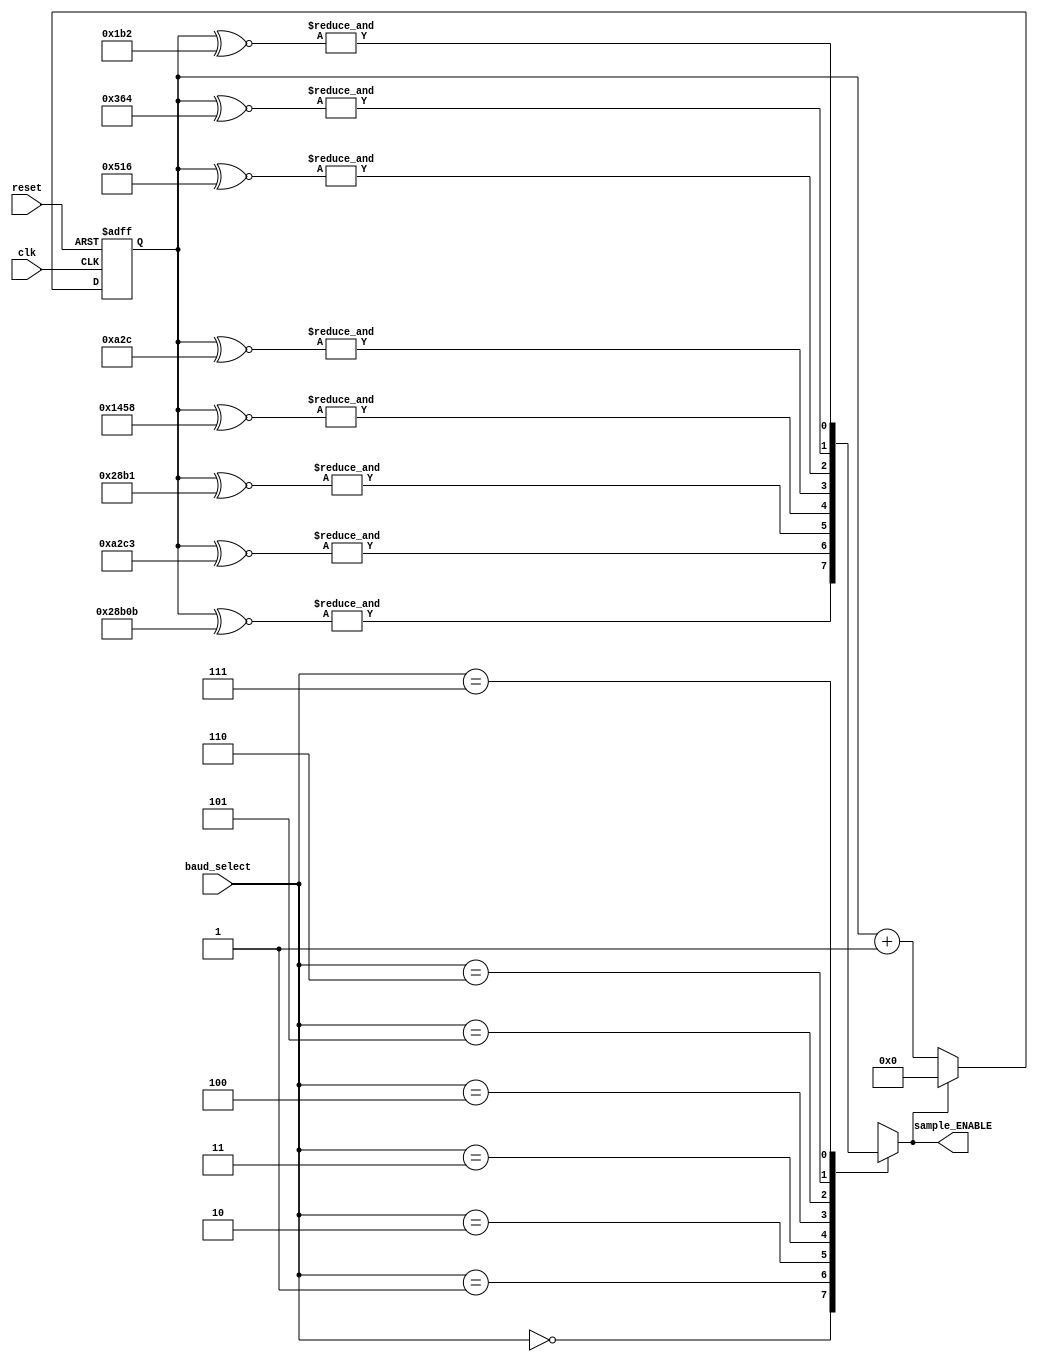
module baud_rate_sampler_transmitter(  ///have to implement different for reciever and transmitter, with different adders and clocks.
		input reset,
		input clk,
		input [2:0] baud_select,
		output reg sample_ENABLE
    );
	 

	 
		//We assume assume that a maximum possible FPGA clock used is 1ghz.(30bits)
//		parameter systemclockfrequency= 50000000;  //must be changed according to the FPGA system used.
//		parameter Clocks_Baud_Rate_8= systemclockfrequency/115200; //The floating part of the division is lost, leading to an error in the calculation of the actual rate
//		parameter Clocks_Baud_Rate_7= systemclockfrequency/57600;  //The greater the bitrate, the bigger the error leading to an out of sync function
//		parameter Clocks_Baud_Rate_6= systemclockfrequency/38400;
//		parameter Clocks_Baud_Rate_5= systemclockfrequency/19200;
//		parameter Clocks_Baud_Rate_4= systemclockfrequency/9600;
//		parameter Clocks_Baud_Rate_3= systemclockfrequency/4800;
//		parameter Clocks_Baud_Rate_2= systemclockfrequency/1200;
//		parameter Clocks_Baud_Rate_1= systemclockfrequency/300; //The number generated here is the largest and judges the bit width of the counter needed to calculate clocks
//		reg counter[21:0];


//		parameter systemclockfrequency= 50000000;  //must be changed according to the FPGA system used.
//		parameter Clocks_Baud_Rate_8= 000000000110110010;   //434.027777778 clocks until enable signal sent
//		parameter Clocks_Baud_Rate_7= 000000001101100100;   //868.055555556
//		parameter Clocks_Baud_Rate_6= 000000010100010110;   //1302.08333333
//		parameter Clocks_Baud_Rate_5= 000000101000101100;   //2604.16666667
//		parameter Clocks_Baud_Rate_4= 000001010001011000;   //5208.33333333
//		parameter Clocks_Baud_Rate_3= 000010100010110001;   //10416.6666667
//		parameter Clocks_Baud_Rate_2= 001010001011000011;   //41666.6666667
//		parameter Clocks_Baud_Rate_1= 101000101100001011; 	 //166666.666667 
		reg [17:0] counter; // TOTAL OF 18 BINARY CHARACTERS TO represent integer part of Clocks_Baud_Rate_1

		
		always @(posedge clk, posedge reset) 
			begin
				if (reset)
					counter<=0;	
				else if (sample_ENABLE)
					counter<=0;
				else 
					counter<=counter+ 1'b1;
			end
			
			//Implementation without using a register for sample_Enable.
						//reg [17:0] baud_select_table [7:0];
						//	wire sample_Enable = & (counter ^~ baud_select_table[baud_select]) ;
								
						// why cant i assign memory using always @(*)??????????.
						// because it referes to all possible left hand side changes, 
						// which i dont have any because they are constants, so which block is never accesed.
								
						// should baud_select_table be a register??????????????.
						// should be a register, compiler will  make the correct choice and put it into blockrams
								
						//		initial
						//			begin
						//				 baud_select_table[0]<= 18'b101000101100001011;
						//				 baud_select_table[1]<= 18'b001010001011000011;
						//				 baud_select_table[2]<= 18'b000010100010110001;
						//				 baud_select_table[3]<= 18'b000001010001011000;
						//				 baud_select_table[4]<= 18'b000000101000101100;
						//				 baud_select_table[5]<= 18'b000000010100010110;
						//				 baud_select_table[6]<= 18'b000000001101100100;
						//				 baud_select_table[7]<= 18'b000000000110110010;
						//			end
		
//It works but why does my sample_ENABLE have to be a register? ???????????.
////Because its in the left hand side of an always block

//Is "Implementation without using a register for sample_Enable." going to improve anything??????
//Uncertain-Unclear, The delay itself that expresses registers is implemented with buffers.
//Implementing sample_Enable as a wire could improve the design in certain situations.

//Is the following command: sample_ENABLE=&(counter^~18'b000000000110110010);  the best way to implement comparison between 2 bitstreams?



		always @(*)
			case(baud_select)
				0: sample_ENABLE= &(counter^~18'b101000101100001011);
				1: sample_ENABLE= &(counter^~18'b001010001011000011);
				2: sample_ENABLE= &(counter^~18'b000010100010110001);
				3: sample_ENABLE= &(counter^~18'b000001010001011000);
				4: sample_ENABLE= &(counter^~18'b000000101000101100);
				5: sample_ENABLE= &(counter^~18'b000000010100010110);
				6: sample_ENABLE= &(counter^~18'b000000001101100100);
				7: sample_ENABLE= &(counter^~18'b000000000110110010);
				default sample_ENABLE=0;
			endcase

		
		
		
				//1) Implementation without having Baud_rate preconfigured before the transfer of the bits.
				//In case i want Async Baud_rate change: (This is necessary for optional scaling of the baud_rate during the transfer of a bitstream)	
				//2) Implementation using smaller registers and without the need of &, ^~ operations in every circle
						//
						//		//Baud_select flip flop, (i am not sure if i should use clock or sample_ENABLE)
						//		always @(posedge sample_ENABLE, posedge reset) 
						//			begin
						//				if (reset)
						//					baud_select_prev_state<=0;	
						//				else 
						//					baud_select_prev_state<=baud_select;
						//			end		
						//		//if baud_select changes i will need to reset my counter in the next sampling cycle.
						//		//assign reset_counter= baud_select^baud_select_prev_state;
						//Smarter implementation more error.	Adding baudrate_subdivision instead of 1, 
						//the residual number is  accumulating and increased the clocks necessary by 1 when its necessary to keep the division intact.
						//		always @(posedge clk, posedge reset) 
						//			begin
						//				if (reset)
						//					counter<=0;	
						//				else if (reset_counter)
						//					counter<=0;
						//				else 
						//					{sample_ENABLE,counter}<= counter+ baudrate_subdivision;
						//			end
						//	
						//			
						//			always @(posedge clk)
						//				case(baud_select_prev_state)
						//					0: baudrate_subdivision= 300*2^18/systemclockfrequency;
						//					1: baudrate_subdivision= 1200*2^18/systemclockfrequency;
						//					2: baudrate_subdivision= 4800*2^18/systemclockfrequency;
						//					//
						//					7: baudrate_subdivision= 115200*2^18/systemclockfrequency;
						//				endcase

endmodule